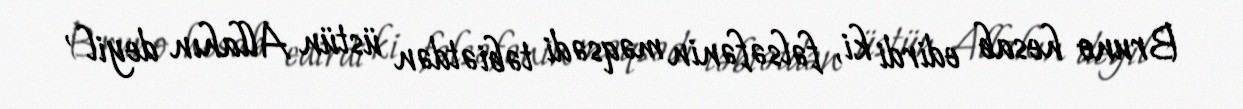
Bruno hesab edirdi ki, fəlsəfənin məqsədi təbiətdən üstün Allahın deyil ,